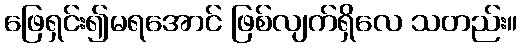
ဖြေရှင်း၍မရအောင် ဖြစ်လျက်ရှိလေ သတည်း။